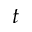
t